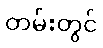
တမ်းတွင်